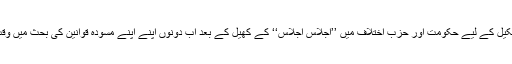
پاناما لیکس پر ضوابط کار کی تشکیل کے لیے حکومت اور حزب اختلاف میں ’’اجلاس اجلاس‘‘ کے کھیل کے بعد اب دونوں اپنے اپنے مسودہ قوانین کی بحث میں وقت ضائع کرنے میں مصروف ہیں۔